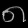
Digit: ၈